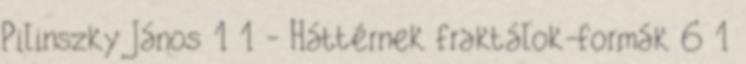
Pilinszky János 1 1 - Háttérnek fraktálok-formák 6 1